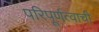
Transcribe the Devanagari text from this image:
परिपूर्णत्वाची